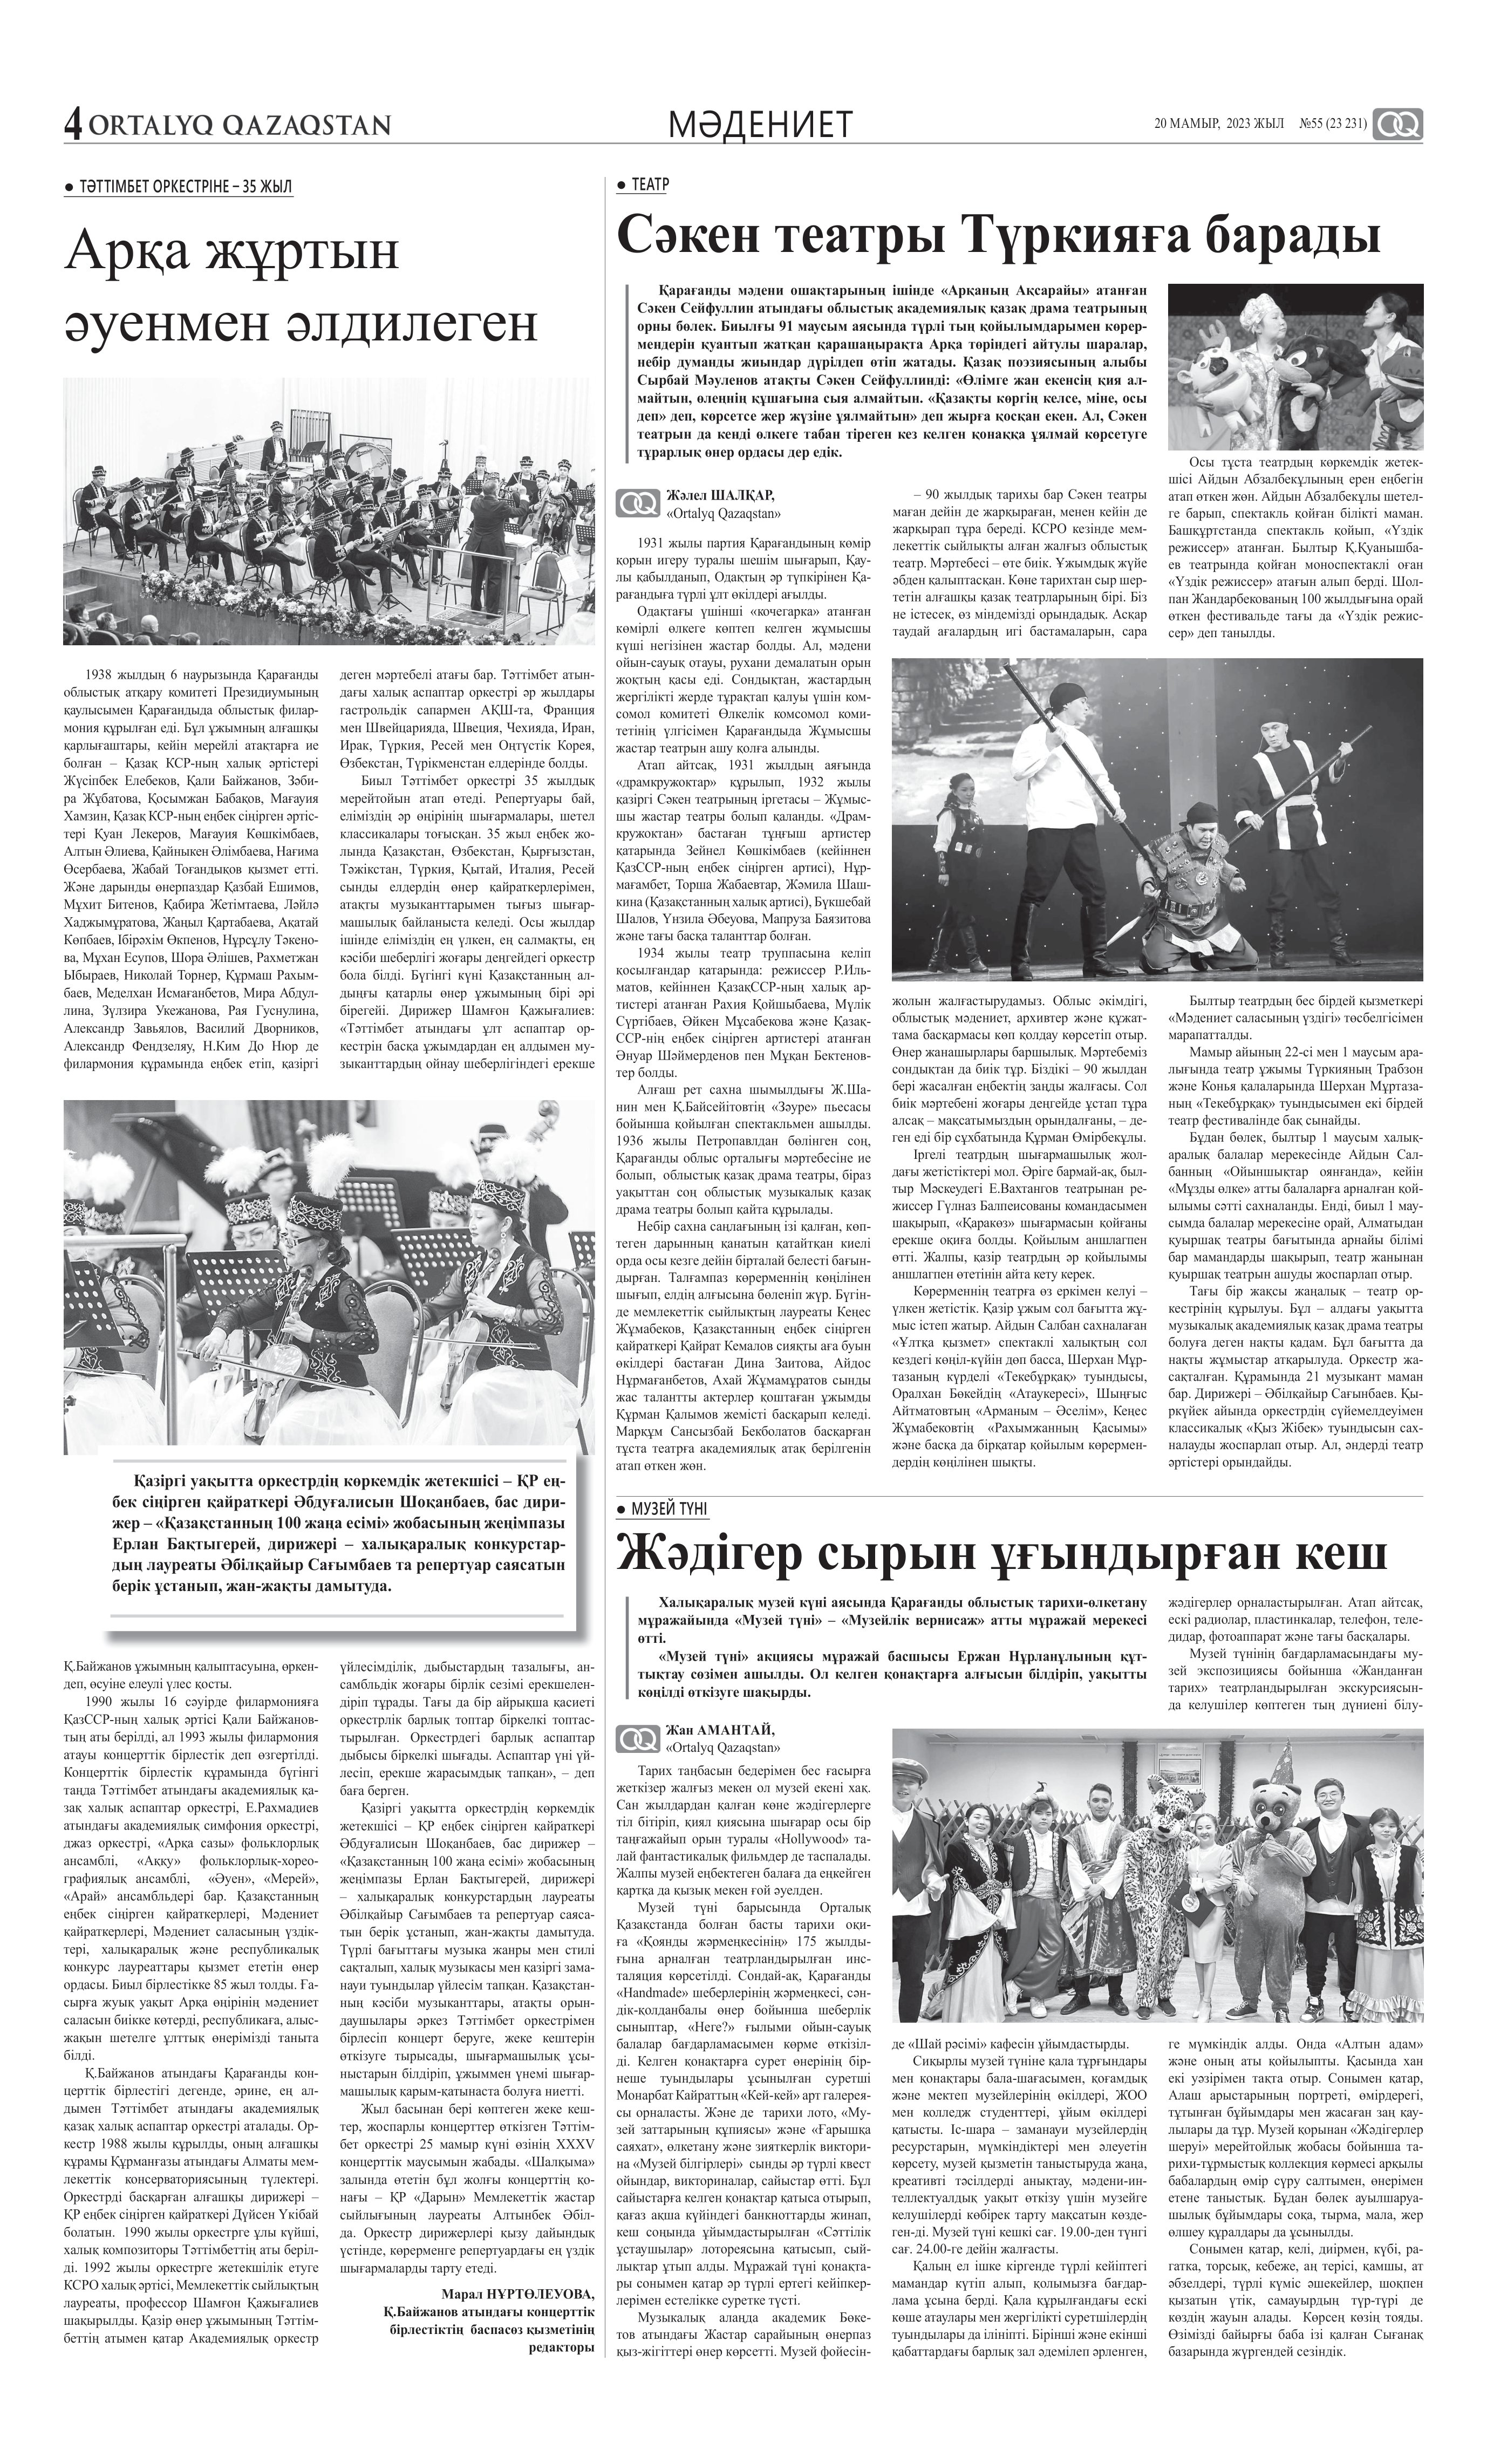
Language: kk